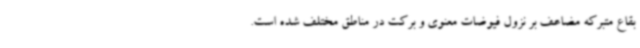
بقاع متبرکه مضاعف بر نزول فیوضات معنوی و برکت در مناطق مختلف شده است.